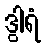
ဒွါရံ